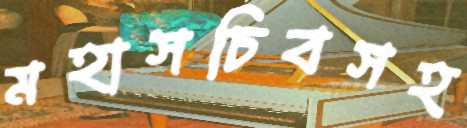
মহাসচিবসহ